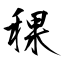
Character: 稞